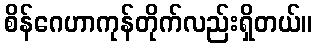
စိန်ဂေဟာကုန်တိုက်လည်းရှိတယ်။